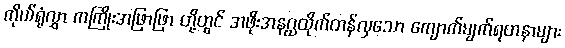
ကိုယ်ရုံလွှာ ကကြိုးအဖြာဖြာ တို့တွင် အဖိုးအနဂ္ဃထိုက်တန်လှသော ကျောက်မျက်ရတနာများ